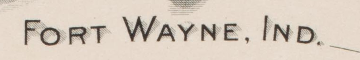
FORT WAYNE.IND.